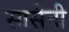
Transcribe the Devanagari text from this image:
सासैनी